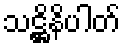
သဋ္ဌိနိပါတ်